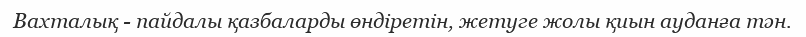
Вахталық - пайдалы қазбаларды өндіретін, жетуге жолы қиын ауданға тән.